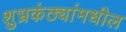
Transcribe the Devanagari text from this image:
शुभ्रकंठ्यांमधील